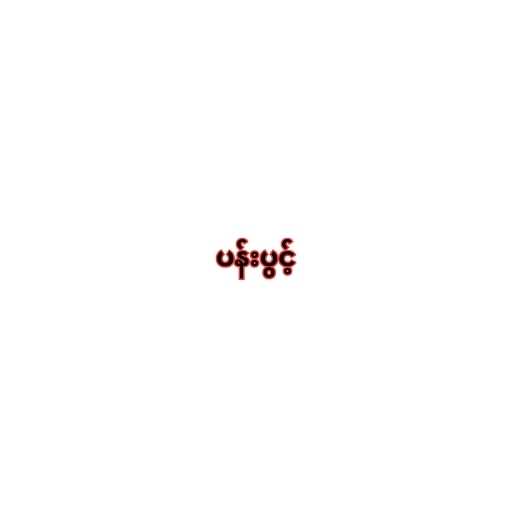
ပန်းပွင့်